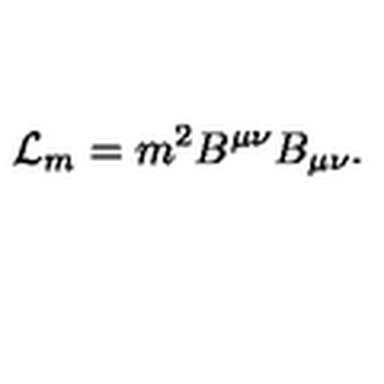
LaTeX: { \cal L } _ { m } = m ^ { 2 } B ^ { \mu \nu } B _ { \mu \nu } .